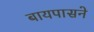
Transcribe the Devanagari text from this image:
बायपासने